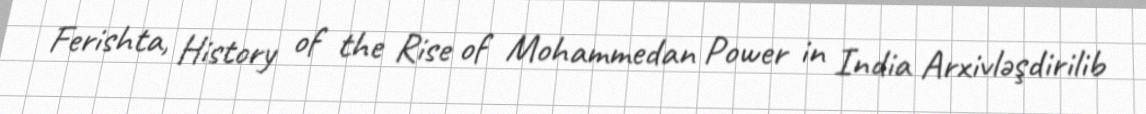
Ferishta, History of the Rise of Mohammedan Power in India Arxivləşdirilib